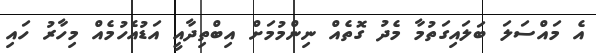
އެ މައްސަލަ ބަލައިގަތުމާ މެދު ގޮތެއް ނިންމުމަށް އިބްތިދާއީ އަޑުއެހުމެއް މިހާރު ހައި